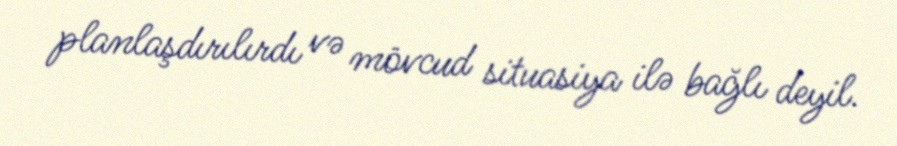
planlaşdırılırdı və mövcud situasiya ilə bağlı deyil.